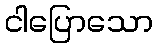
ငါပြောသော